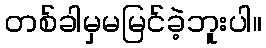
တစ်ခါမှမမြင်ခဲ့ဘူးပါ။